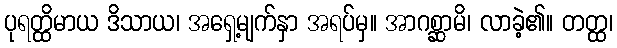
ပုရတ္ထိမာယ ဒိသာယ၊ အရှေ့မျက်နှာ အရပ်မှ။ အာဂစ္ဆာမိ၊ လာခဲ့၏။ တတ္ထ၊